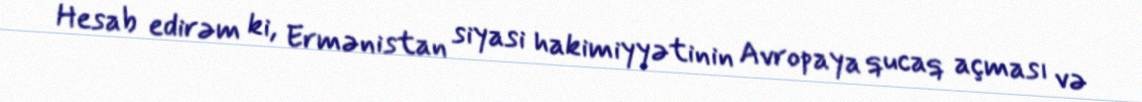
Hesab edirəm ki, Ermənistan siyasi hakimiyyətinin Avropaya qucaq açması və